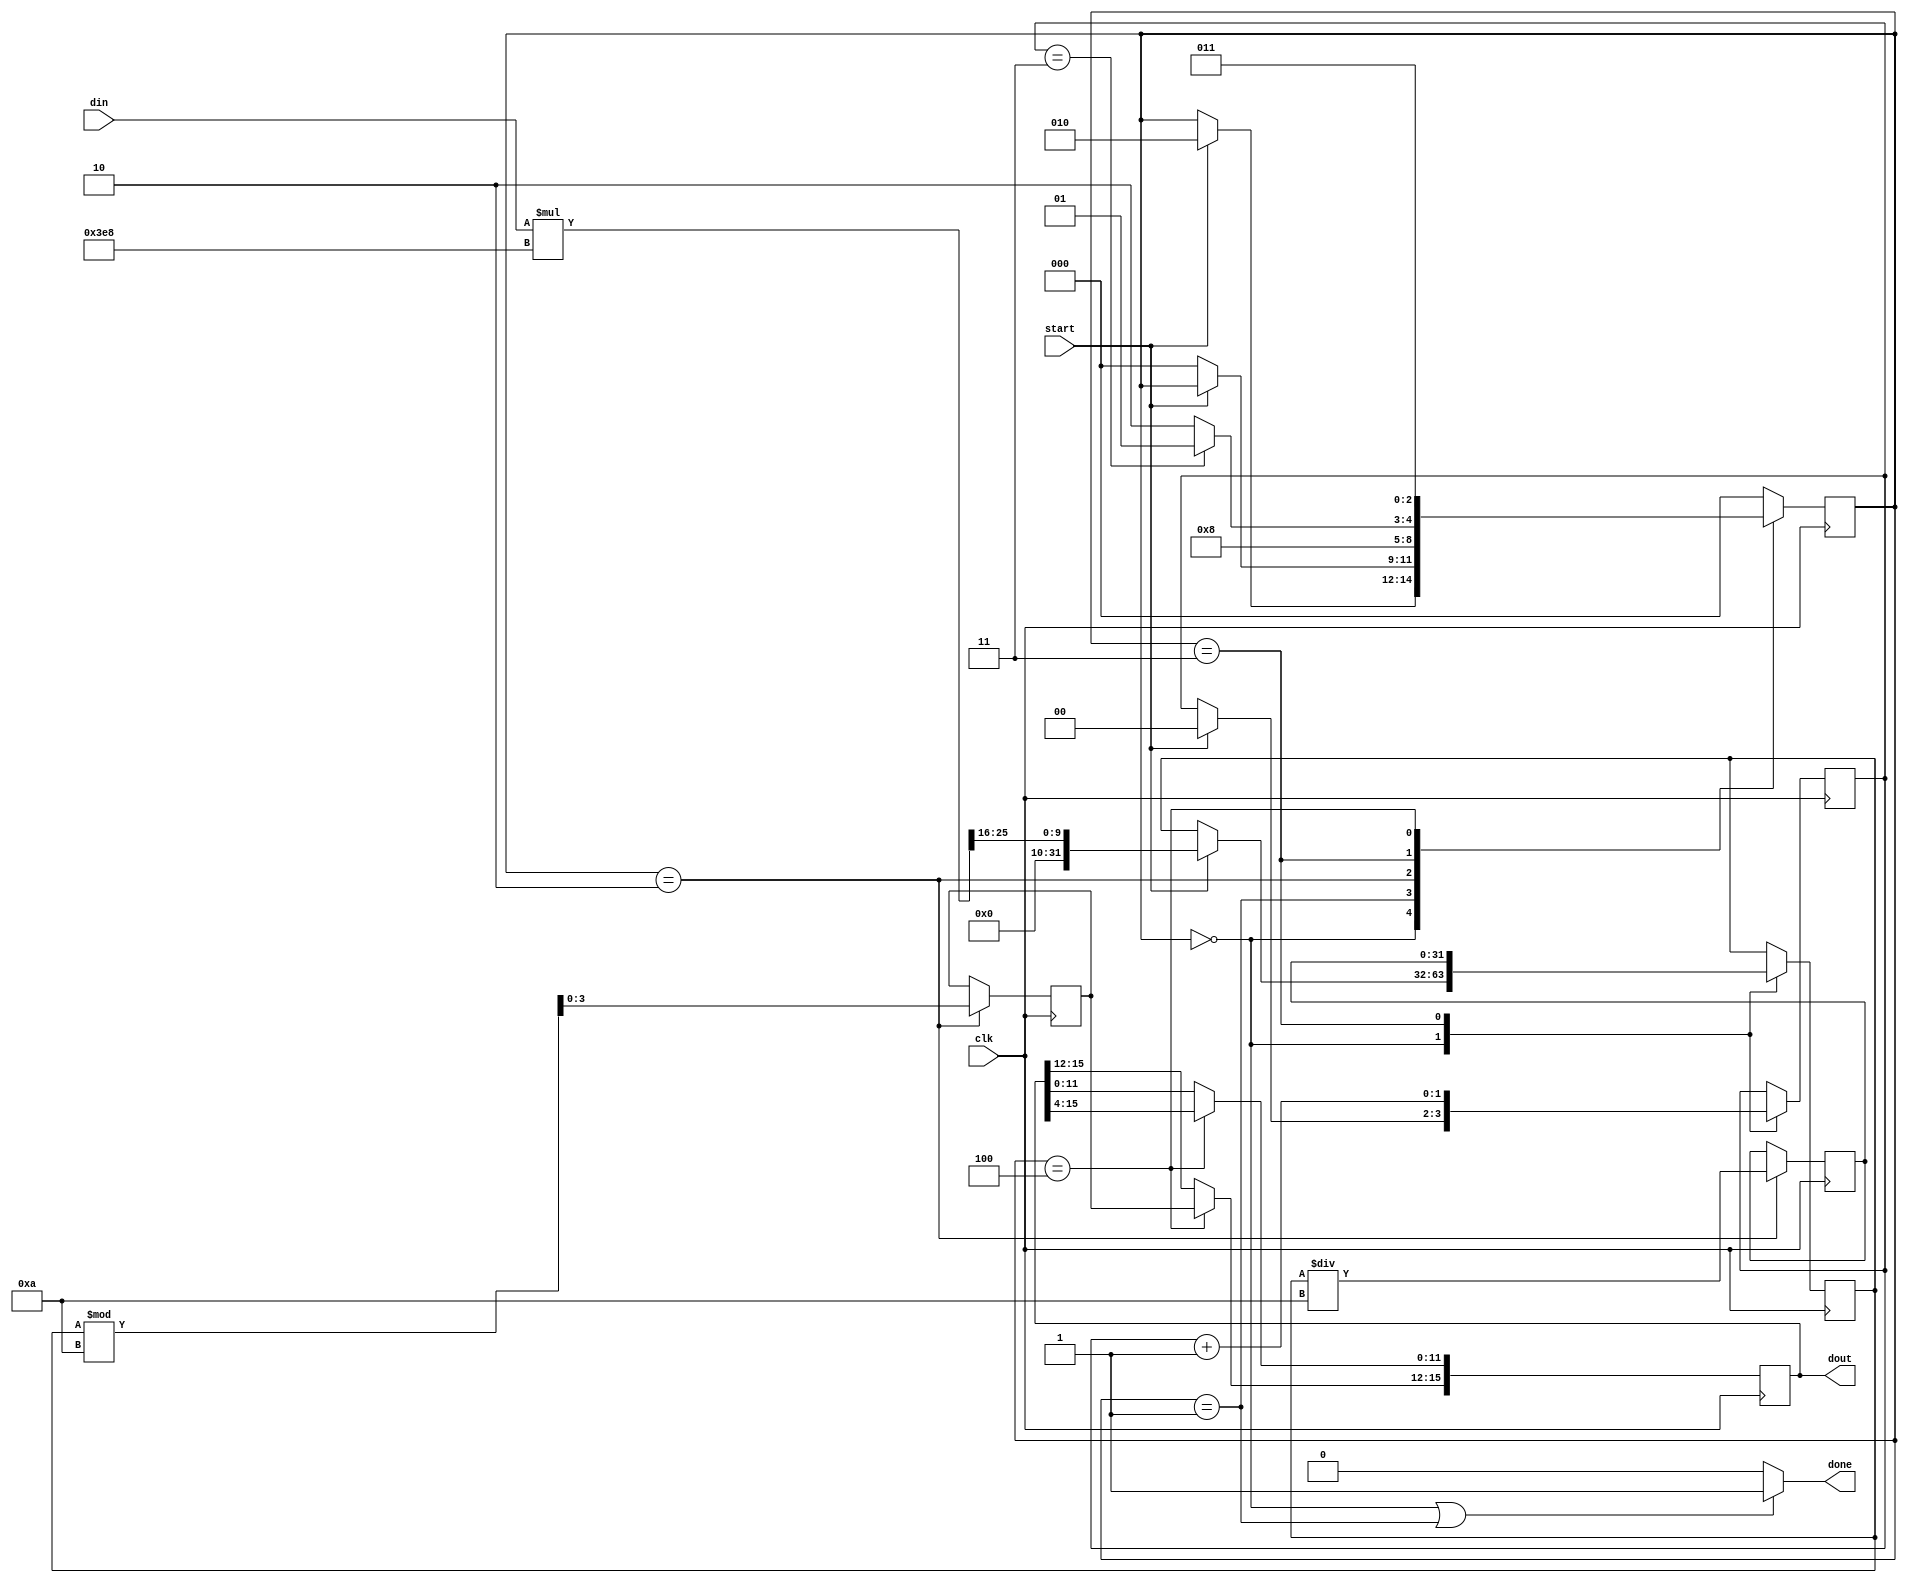
`timescale 1ns / 1ps
//////////////////////////////////////////////////////////////////////////////////
// Company: Digilent Inc.
// 
// Module Name: bcd
// Project Name: OLED Demo
// Target Devices: Nexys Video
// Tool Versions: Vivado 2016.4
// Description: converts an input in the range (0x0000-0xFFFF) to a hex string in the range (16'h0000-16'h1000)
//              assert start & din, some amount of time later, done is asserted with valid dout
// Dependencies: none
// 
// 03/23/2017(ArtVVB): Created
//
//////////////////////////////////////////////////////////////////////////////////

module bin2dec (
    input clk,
    input start,
    input [15:0] din,
    output done,
    output reg [15:0] dout
);
    //{0x0000-0xFFFF}->{"0000"-"1000"} 
    localparam  S_IDLE=0,
                S_DONE=1,
                S_DIVIDE=2,
                S_NEXT_DIGIT=3,
                S_CONVERT=4;
    reg [2:0] state=S_IDLE;
    reg [31:0] data;
    reg [31:0] div;
    reg [3:0] mod;
    reg [1:0] byte_count;
    
    assign done = (state == S_IDLE || state == S_DONE) ? 1 : 0;
    
    always@(posedge clk)
        case (state)
        S_IDLE: begin
            if (start == 1) begin
                state <= S_DIVIDE;
                data <= ({16'b0, din} * 1000) >> 16;
                byte_count <= 0;
            end
        end
        S_DONE: begin
            if (start == 0)
                state <= S_IDLE;
        end
        S_DIVIDE: begin
            div <= data / 10;
            mod <= data % 10;
            state <= S_CONVERT;
        end
        S_NEXT_DIGIT: begin
            if (byte_count == 3)
                state <= S_DONE;
            else
                state <= S_DIVIDE;
            data <= div;
            byte_count <= byte_count + 1;
        end
        S_CONVERT: begin
            dout[11:0] <= dout[15:4];
            dout[15:12] <= mod[3:0];
            state <= S_NEXT_DIGIT;
        end
        default: begin
            state <= S_IDLE;
        end
        endcase
    
endmodule